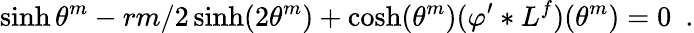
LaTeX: \sinh\theta^{m}-rm/2\sinh(2\theta^{m})+\cosh(\theta^{m})(\varphi^{\prime}\ast L^{f})(\theta^{m})=0\, \, \, .